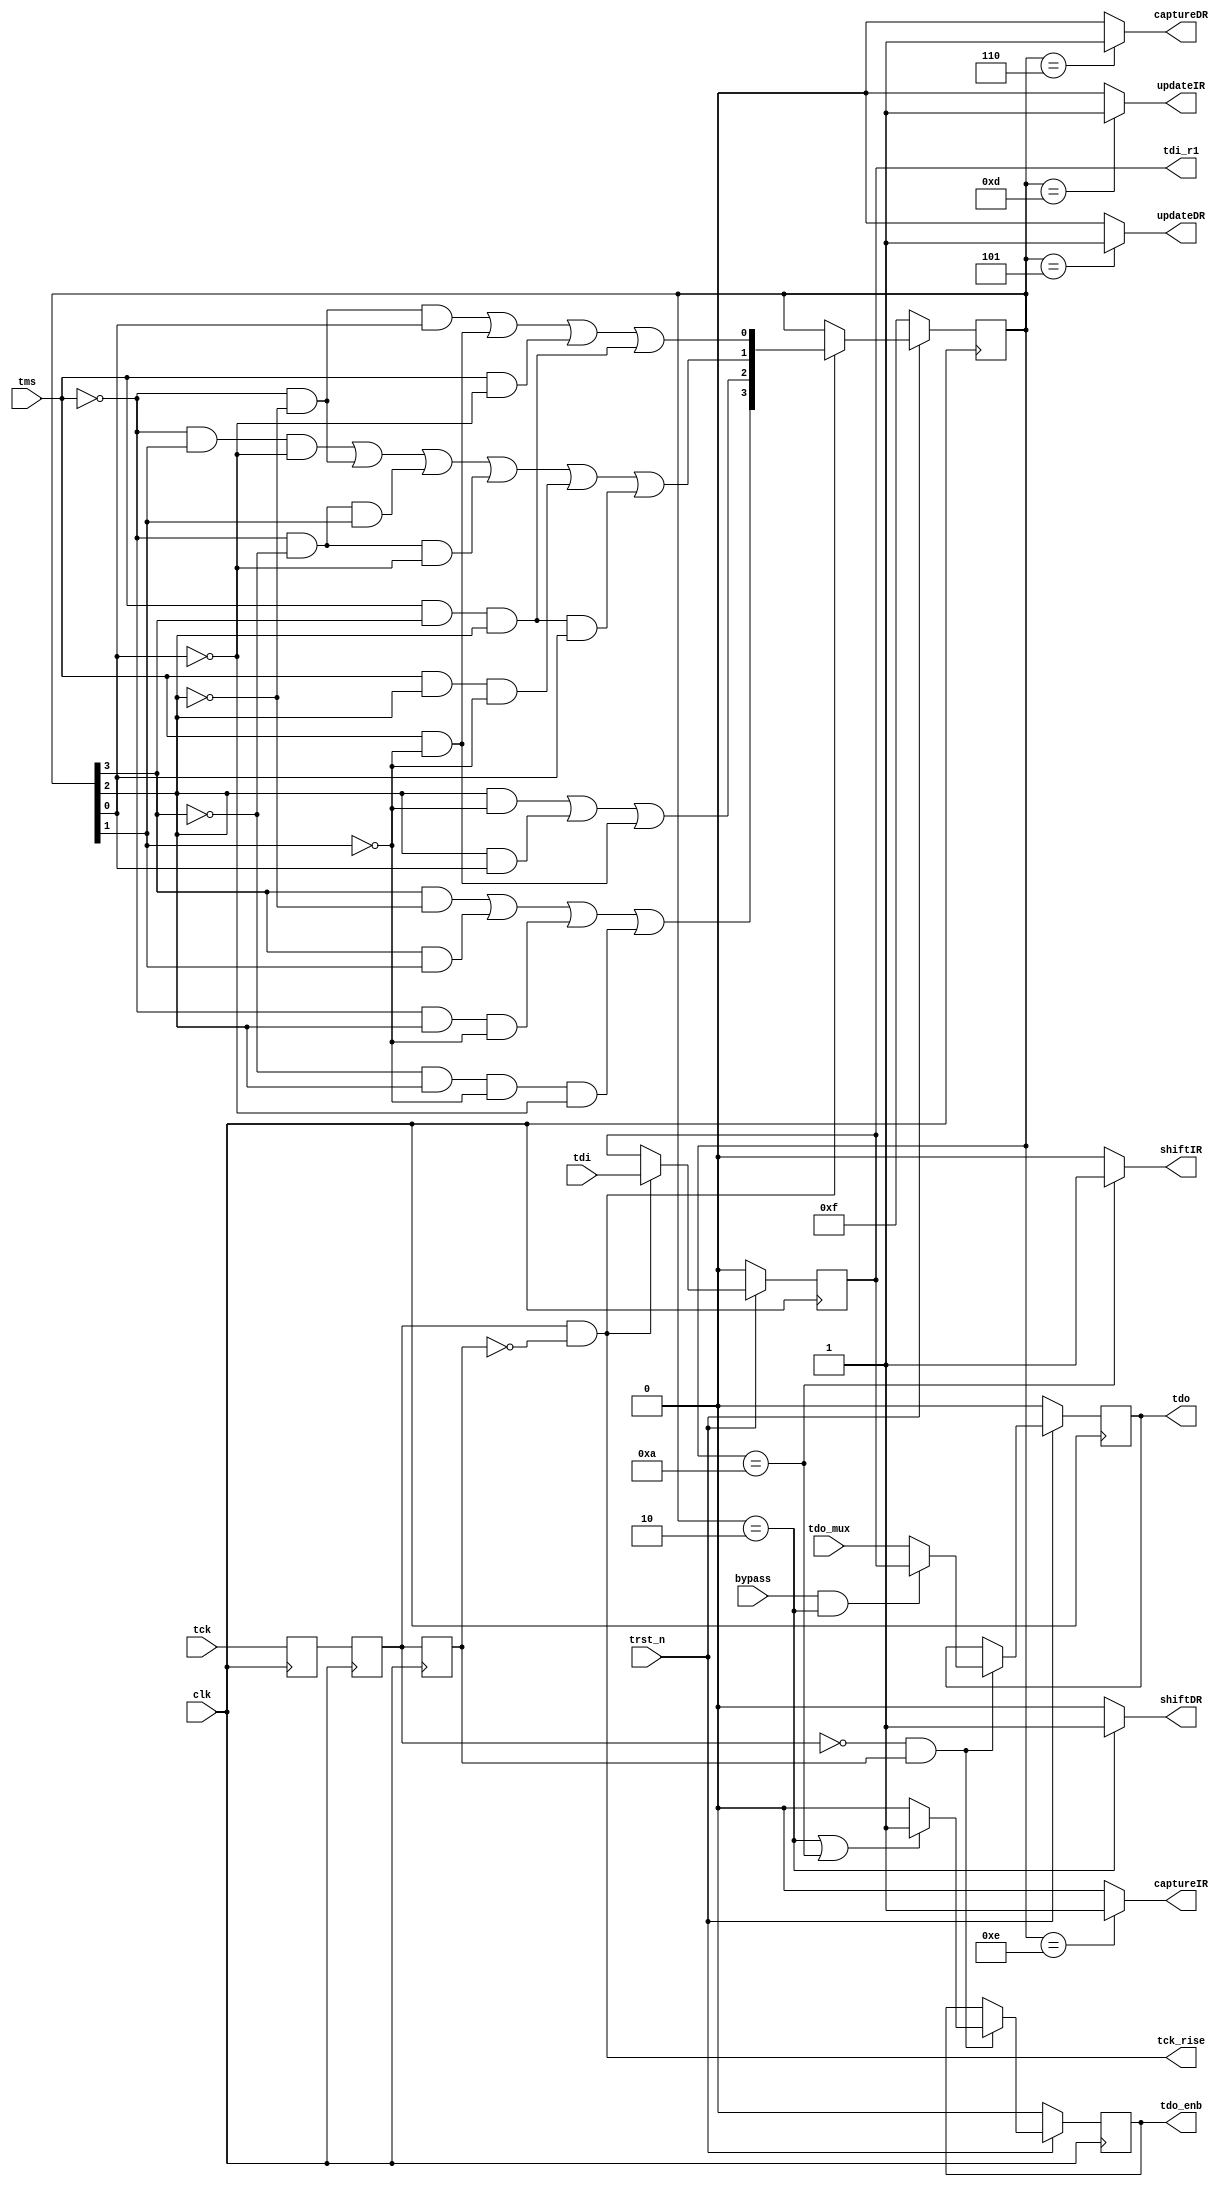
module jtag_fsm1 (
input   clk,    // Internal clock
input   tdo_mux,// TDO before the negative edge flop
input   bypass, // JTAG instruction=BYPASS
input   tck,    // clock input
input   trst_n, // optional async reset active low
input   tms,    // Test Mode Select
input   tdi,    // Test Data In

output reg tdo, // Test Data Out
output reg tdo_enb,//Test Data Out tristate enable

output  tdi_r1,   // TDI flopped on TCK.
output  tck_rise, // tck rate clock enable
output  captureDR,// JTAG state=CAPTURE_DR
output  shiftDR,  // JTAG state=SHIFT_DR
output  updateDR, // JTAG state=UPDATE_DR
output  captureIR,// JTAG state=CAPTURE_IR
output  shiftIR,  // JTAG state=SHIFT_IR
output  updateIR
);
reg     tck_r1,tck_r2,tck_r3;
reg     tdi_f_local; //  local version
wire    tdo_enb_nxt; //  D input to TDO_ENB flop
wire    tdo_nxt; //  D input to TDO flop
wire    itck_rise;
wire    tck_fall;

reg     [3:0] state; //  current state
wire    a,b,c,d,a_nxt,b_nxt,c_nxt,d_nxt;
assign {d,c,b,a} = state[3:0]; //a:0,b:1,c:2,d:3

assign a_nxt=(~tms& ~c & a)|(tms &~b)|(tms & ~a)|(tms& d & c);
assign b_nxt=(~tms& b & ~a)|(~tms&~c)|(~tms & ~d & b)|(~tms & ~d & ~a)|(tms & c & ~b)|(tms & d & c & a);
assign c_nxt=(c & ~b)|(c&a)|(tms &~b);
assign d_nxt=(d & ~c)|(d&b)|(~tms&c&~b)|(~d & c & ~b &~a);

assign tdo_enb_nxt = state == 4'b0010 | state == 4'b1010 ? 1'b1: 1'b0;
assign captureIR = state == 4'b1110 ? 1'b1:1'b0;
assign shiftIR = state == 4'b1010 ? 1'b1:1'b0;
assign updateIR = state == 4'b1101 ? 1'b1:1'b0;
assign captureDR = state == 4'b0110 ? 1'b1:1'b0;
assign shiftDR = state == 4'b0010 ? 1'b1:1'b0;
assign updateDR = state == 4'b0101 ? 1'b1:1'b0;
assign tdo_nxt = (bypass ==1'b1&state == 4'b0010)?tdi_f_local:tdo_mux;
assign tdi_r1 = tdi_f_local;

always @(posedge clk) begin:rtck_proc
    tck_r3 <= tck_r2;
    tck_r2 <= tck_r1;    //synchronizers for edge detection
    tck_r1 <= tck;
end
assign tck_rise = itck_rise;
assign itck_rise = tck_r2 & ~tck_r3;
assign tck_fall = ~tck_r2 & tck_r3;

always @(posedge clk)
    if (trst_n == 1'b0)
        state <= 4'b1111;
    else if (itck_rise == 1'b1)begin
        state <= {d_nxt, c_nxt, b_nxt, a_nxt};
    end

always @(posedge clk)
     if (trst_n == 1'b0)
        tdi_f_local <= 1'b0;
     else if (itck_rise == 1'b1 ) begin
        tdi_f_local <= tdi;
     end

always @(posedge clk)
    if (trst_n == 1'b0)begin
        tdo <= 1'b0;
        tdo_enb <= 1'b0;
     end
     else if (tck_fall == 1'b1 ) begin
        tdo <= tdo_nxt;
        tdo_enb <= tdo_enb_nxt;
     end

endmodule // module vjtag